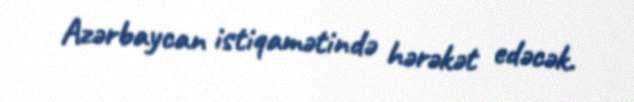
Azərbaycan istiqamətində hərəkət edəcək.